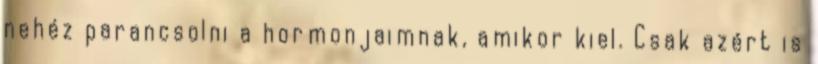
nehéz parancsolni a hormonjaimnak, amikor kiel. Csak azért is